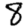
Digit: 8